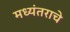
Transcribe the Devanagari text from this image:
मध्यंतराचे